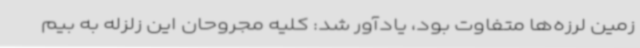
زمین لرزه‌ها متفاوت بود، یادآور شد: کلیه مجروحان این زلزله به بیم